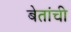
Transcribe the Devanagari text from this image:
बेतांची